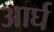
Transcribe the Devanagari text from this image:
आर्घ